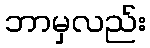
ဘာမှလည်း